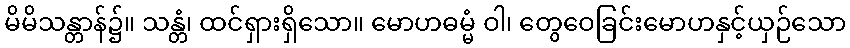
မိမိသန္တာန်၌။ သန္တံ၊ ထင်ရှားရှိသော။ မောဟဓမ္မံ ဝါ၊ တွေဝေခြင်းမောဟနှင့်ယှဉ်သော